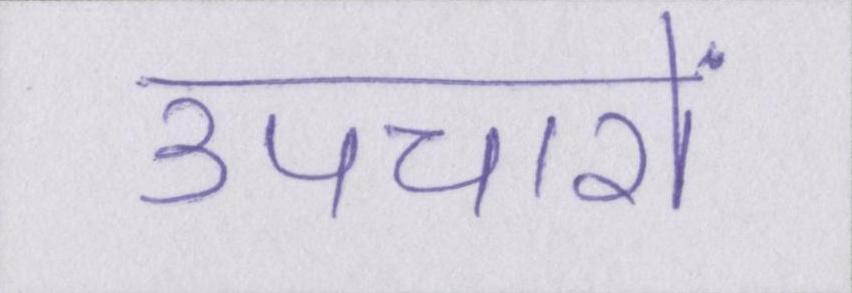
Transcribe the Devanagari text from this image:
उपचारों